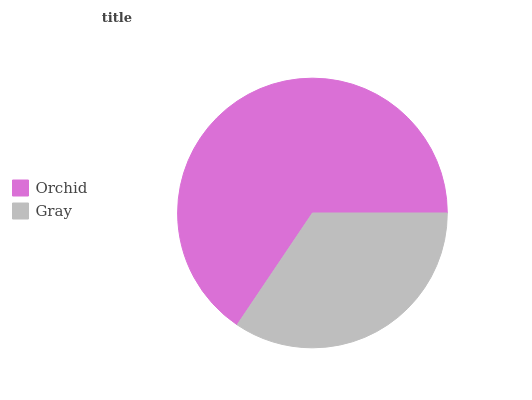
| Orchid | Gray |
 | --- | --- |
 | 65.6% | 34.4% |